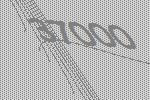
37000